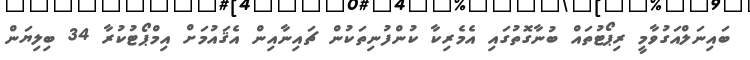
ބައިނަލްއަގުވާމީ ރިޕޯޓުތައް ބުނާގޮތުގައި އެމެރިކާ ކުންފުނިތަކުން ޗައިނާއިން އެޤައުމަށް އިމްޕޯޓުކުރާ 34 ބިލިޔަން